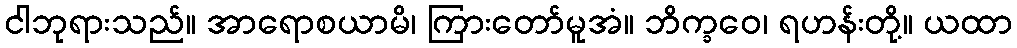
ငါဘုရားသည်။ အာရောစယာမိ၊ ကြားတော်မူအံ။ ဘိက္ခဝေ၊ ရဟန်းတို့။ ယထာ